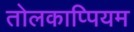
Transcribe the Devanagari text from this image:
तोलकाप्पियम